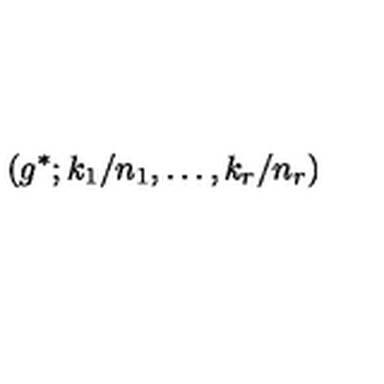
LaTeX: \left( g ^ { * } ; k _ { 1 } / n _ { 1 } , \ldots , k _ { r } / n _ { r } \right)